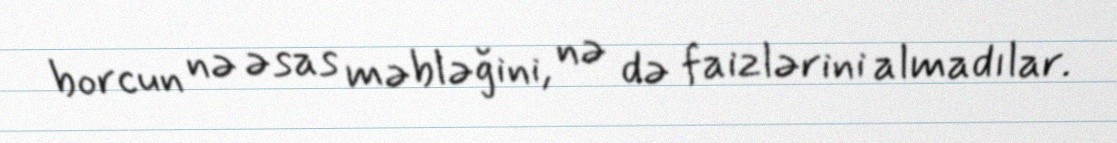
borcun nə əsas məbləğini, nə də faizlərini almadılar.